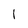
Character: 1